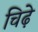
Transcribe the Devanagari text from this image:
चिढ़े